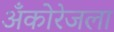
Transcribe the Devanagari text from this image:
अँकोरेजला